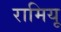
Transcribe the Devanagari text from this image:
रामियू